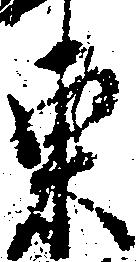
東